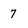
Character: 7